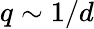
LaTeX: q\sim 1/d